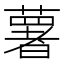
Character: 薯